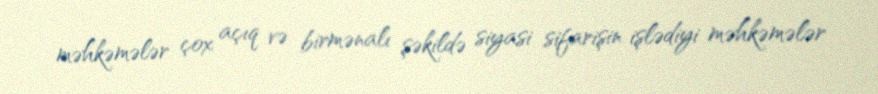
məhkəmələr çox açıq və birmənalı şəkildə siyasi sifarişin işlədiyi məhkəmələr